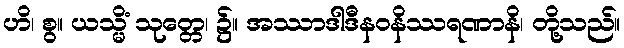
ဟိ၊ စွ။ ယသ္မိံ သုတ္တေ၊ ၌။ အဿာဒါဒီနဝနိဿရဏာနိ၊ တို့သည်။